Vaccination North-Western Provinces and Oudh 1878-1895 - 1878-1895
Year: 1878
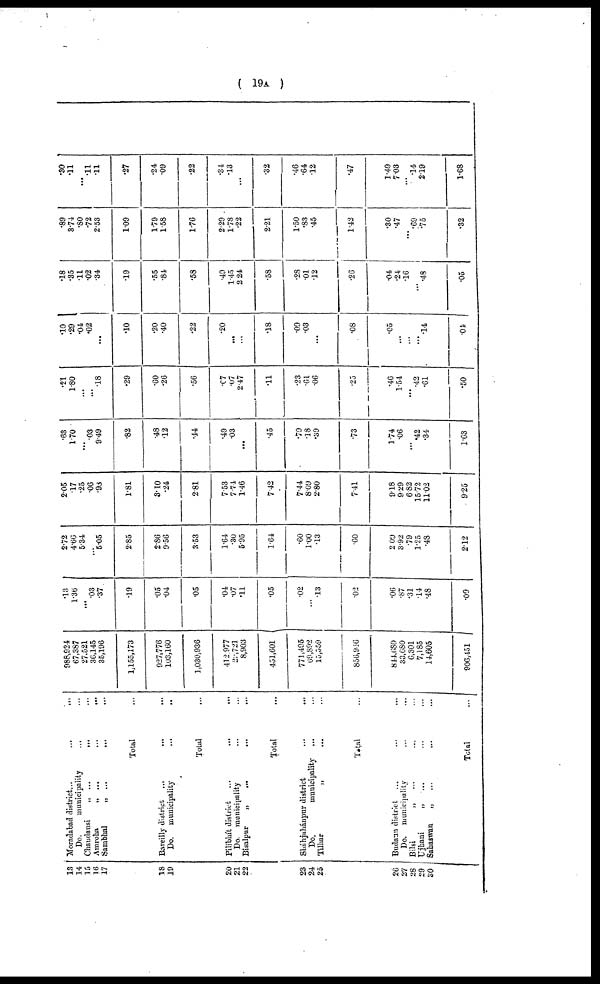
( 19A )
13
14
15
16
17
18
19
20
21
22
23
24
25
26
27
28
29
30
Moradabad district...
...
...
Do
municipality ... ...
Chandausi
„ ...
... ...
Amroh „ ... ... ...
Sambhal
„ ... ... ...
Total ...
Bareilly district ...
...
...
Do. municipality ... ...
Total ...
Pilibhít district ... ... ...
Do. municipality ... ...
Bisalpur
„ ... ... ...
Total ...
Sháhjahánpur district
...
...
Do.
municipality ... ...
Tilhar
„ ... ...
Total ...
Budaun district ... ... ...
Do. municipality ... ...
Bilsi
„ ... ... ...
Ujhani
„ ... ... ...
Sahaswan
„ ... ... ...
Total ...
988,924
67,387
27.521
36,145
35,196
1,155,173
927,776
103,160
1,030,936
412,977
27,721
8,903
451,601
771,495
69,892
15,559
856,946
844,680
33,680
6,301
7,185
14,605
906,451
.13
1. 38
...
.03
.37
.19
.05
.04
.05
.04
.07
.11
.05
.02
...
.13
.02
.06
.87
.31
.14
.48
.09
2.72
4.60
534
...
5.05
2.85
2.86
9.56
3.53
1.64
.30
5.95
1.64
.60
1.00
.13
.60
2.09
3.92
.79
1.25
.48
2.12
2.05
.17
.25
.06
.98
1.81
3.10
.24
2.81
7.53
7.74
1.46
7.42
7.44
8.09
2.80
7.41
9.18
9.29
6.83
15.72
11.02
9.25
.63
1.70
...
.03
9.49
.82
.48
.12
.44
.49
.03
...
.45
.79
.18
.39
.73
1.74
.06
... .42
.34
1.63
.21
1.80
. ..
...
.18
.29
.60
.26
.56
.07
.07
2.47
.11
.23
.61
.06
.25
.46
1.54
...
.42
.61
.50
.10
.29
.04
.02
...
.10
.20
.40
.22
.20
...
...
.18
.09
.03
...
.08
.05
...
...
...
.14
.04
.18
.35
.11
.02
.34
.19
.55
.84
.58
.49
1.45
2.24
.58
.28
.01
.12
.26
.04
.24
.16
...
.48
.05
.89
3.74
.80 .72
2.53
1.09
1.79
1.58
1.76
2.29
1.78
.22
2.21
1.50
.83
.45
1.42
.30
.47
... .69
.75
.32
.30
.11
...
.11
.11
.27
.24
.09
.22
.34
.13
...
.32
.46
.64
.12
.47
1.49
7.03
... .14
2.19
1.68